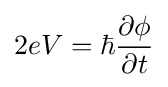
2eV=\hbar {\frac {\partial \phi }{\partial t}}